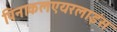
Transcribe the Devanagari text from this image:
पिनाकलएयरलाइंस